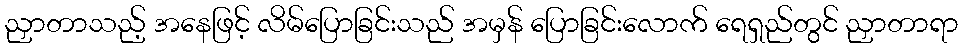
ညှာတာသည့် အနေဖြင့် လိမ်ပြောခြင်းသည် အမှန် ပြောခြင်းလောက် ရေရှည်တွင် ညှာတာရာ